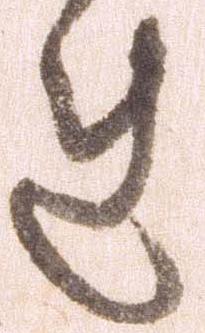
れ